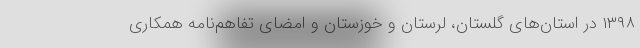
۱۳۹۸ در استان‌های گلستان، لرستان و خوزستان و امضای تفاهم‌نامه همکاری